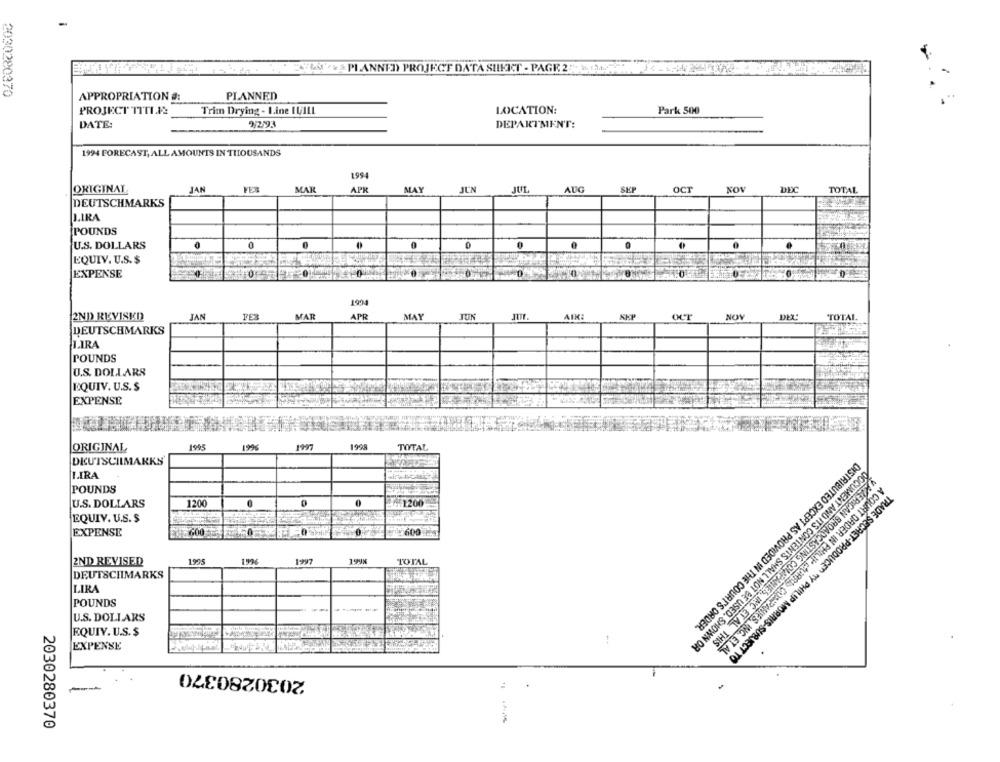
. 2742 PLANNED PROJECT DATA SHEET - PAGE 2- 1
2030280370
APPROPRIATION #:
PLANNED
PROJECT TITLE
Trim Drying - Line IVILL
LOCATION:
Park 500
DATE:
9/2/93
DEPARTMENT:
1994 FORECAST, ALL AMOUNTS IN THOUSANDS
1994
ORIGINAL
JAN
MARK
APK
MAY
JUN
JUL
AUG
SEP
OCT
KOV
DEC
TOTAL
DEUTSCHMARKS
LIRA
POUNDS
U.S. DOLLARS
0
0
=
0
0
EQUIV. U.S. $
EXPENSE
1001
2ND REVISED
JAN
MAR
APR
MAY
TUN
AIK:
NOV
DEL
TOTAL
DEUTSCHMARKS
TIRA
POUNDS
U.S. DOLLARS
EQUIV. U.S.$
EXPENSE
ORIGINAL
1905
1996
1997
1998
TOTAL
DEUTSCHMARKS
LIRA
POUNDS
U.S. DOLLARS
1200
₩941200
EQUIV. U.S.S
EXPENSE
.600
600 CH
2ND REVISED
1995
1997
TOTAL
DEUTSCHMARKS
LIRA
POUNDS
U.S. DOLLARS
DISTRIBUTED EXCEPT AS PROVIDED IN THE COURT'S ORDER.
EQUIY. U.S. $
DOCUMENT AND ITS CONTENTS SHALL NOT BE USED. SHOWN OR
VAMERICAN BROADCASTING COMPANIES INC. ET AL. THIS
EXPENSE
A COURT ORDER IN PHILIP HUIRRIS COMPANIES, ING. ET AL
TRADE SECRET-PRODUCED BY PHILIP MORRIS-SUBJECT TO
2030280370
2030280370